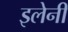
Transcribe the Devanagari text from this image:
इलेनी